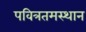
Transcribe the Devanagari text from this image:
पवित्रतमस्थान